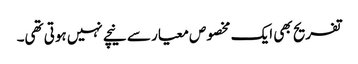
تفریح بھی ایک مخصوص معیار سے نیچے نہیں ہوتی تھی۔